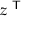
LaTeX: z ^ { \textsf { T } }